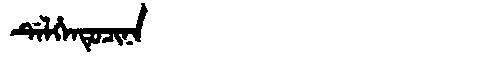
Manchu: ᡩᡝᠯᡥᡝᠨᡨᡠᠴᡳᠨᠠ
Romanization: DELHENTUCINA